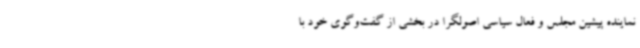
نماینده پیشین مجلس و فعال سیاسی اصولگرا در بخشی از گفت‌وگوی خود با